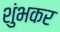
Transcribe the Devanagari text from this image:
शुंभकर